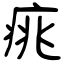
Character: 𤶃